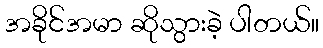
အခိုင်အမာ ဆိုသွားခဲ့ ပါတယ်။